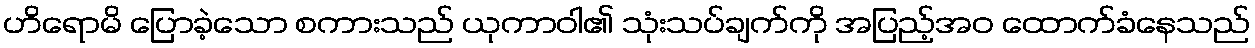
ဟိရောမိ ပြောခဲ့သော စကားသည် ယုကာဝါ၏ သုံးသပ်ချက်ကို အပြည့်အဝ ထောက်ခံနေသည်